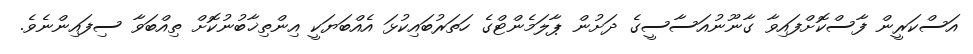
އަސްކަރީން ފާސްކޮށްފައިވާ ގާނޫނުއަސާސީގެ ދަށުން ޕާލަމެންޓްގެ ހަތަރުބައިކުޅަ އެއްބަޔަކީ އިންތިޚާބުނުކޮށް ތިއްބަވާ ސިފައިންނެވެ.